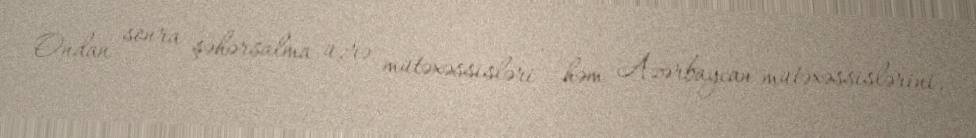
Ondan sonra şəhərsalma üzrə mütəxəssisləri - həm Azərbaycan mütəxəssislərini,